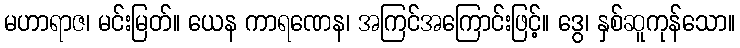
မဟာရာဇ၊ မင်းမြတ်။ ယေန ကာရဏေန၊ အကြင်အကြောင်းဖြင့်။ ဒွေ၊ နှစ်ဆူကုန်သော။